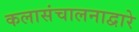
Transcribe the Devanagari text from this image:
कलासंचालनाद्वारे